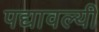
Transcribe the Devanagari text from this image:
पद्यावल्यी